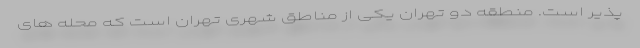
پذیر است. منطقه دو تهران یکی از مناطق شهری تهران است که محله های